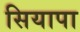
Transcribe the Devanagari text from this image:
सियापा